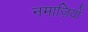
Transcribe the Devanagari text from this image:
नमाज़ियों